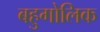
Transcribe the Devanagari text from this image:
बहुगोलिक